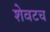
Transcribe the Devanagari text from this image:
शेवटच